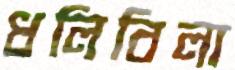
ধলিবিলা